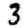
Digit: 3